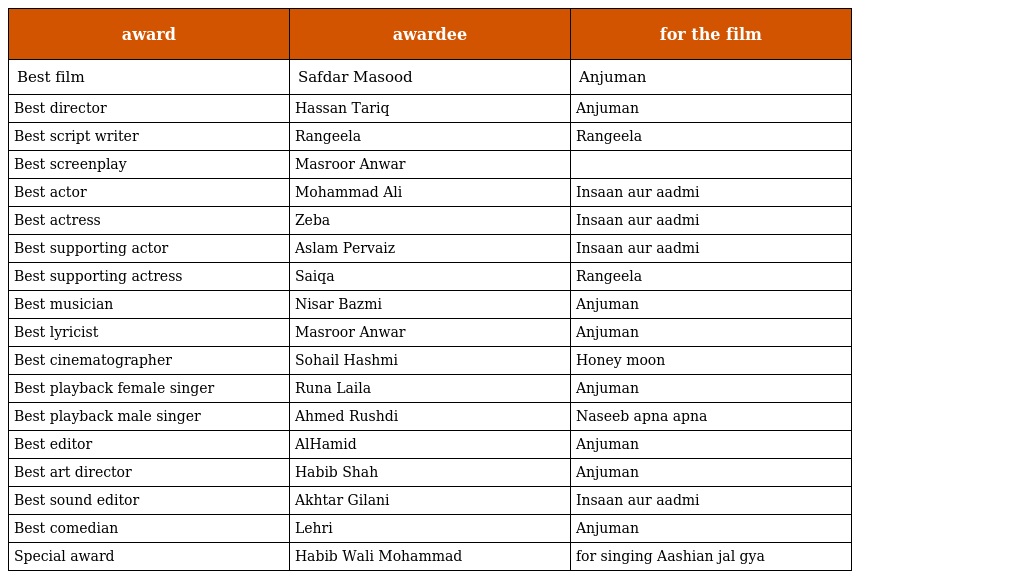
| award | awardee | for the film |
 | --- | --- | --- |
 | Best film | Safdar Masood | Anjuman |
 | Best director | Hassan Tariq | Anjuman |
 | Best script writer | Rangeela | Rangeela |
 | Best screenplay | Masroor Anwar |  |
 | Best actor | Mohammad Ali | Insaan aur aadmi |
 | Best actress | Zeba | Insaan aur aadmi |
 | Best supporting actor | Aslam Pervaiz | Insaan aur aadmi |
 | Best supporting actress | Saiqa | Rangeela |
 | Best musician | Nisar Bazmi | Anjuman |
 | Best lyricist | Masroor Anwar | Anjuman |
 | Best cinematographer | Sohail Hashmi | Honey moon |
 | Best playback female singer | Runa Laila | Anjuman |
 | Best playback male singer | Ahmed Rushdi | Naseeb apna apna |
 | Best editor | AlHamid | Anjuman |
 | Best art director | Habib Shah | Anjuman |
 | Best sound editor | Akhtar Gilani | Insaan aur aadmi |
 | Best comedian | Lehri | Anjuman |
 | Special award | Habib Wali Mohammad | for singing Aashian jal gya |